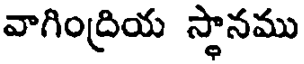
వాగింద్రియ స్థానము